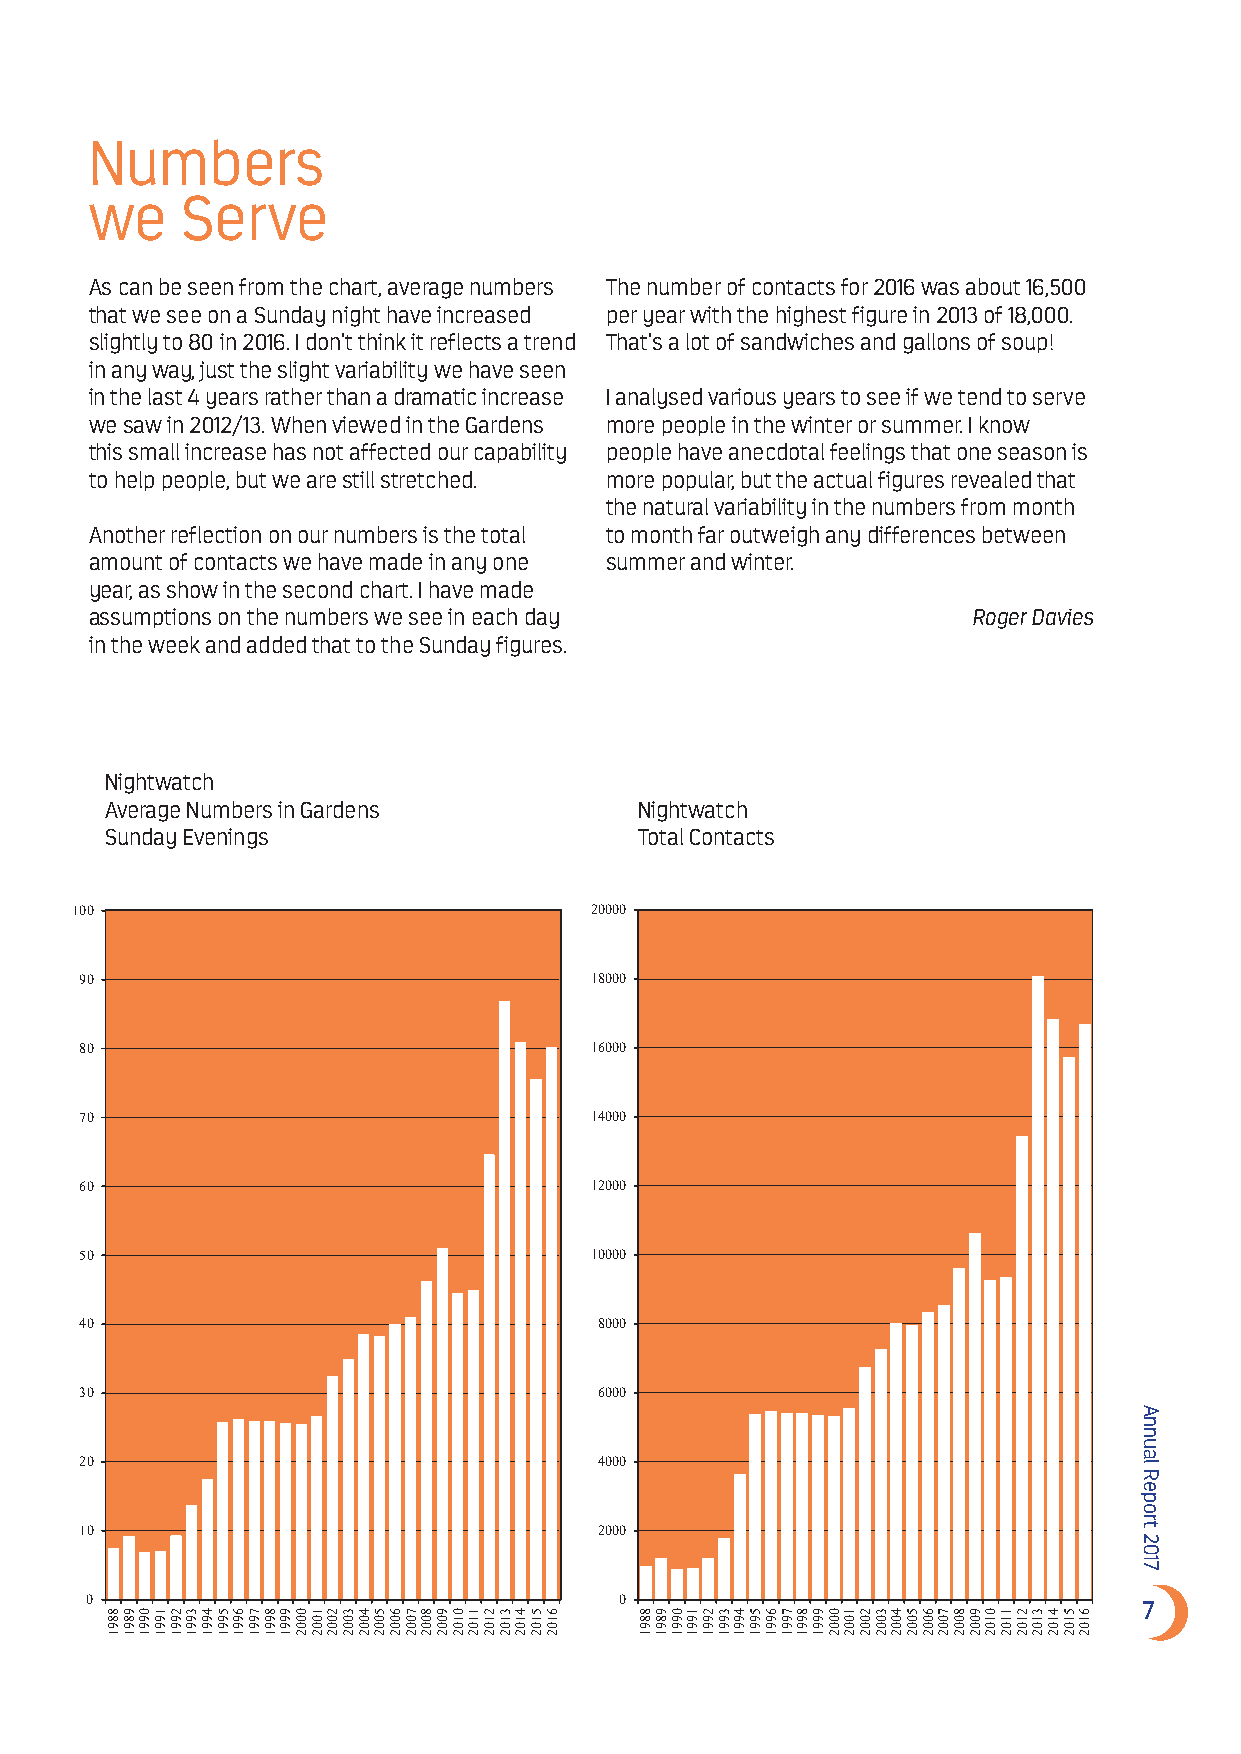
Numbers
 we    Serve
 As can be seen from the chart, average numbers The number of contacts for 2016 was about 16,500
 that we see on a Sunday night have increased per year with the highest figure in 2013 of 18,000.
 slightly to 80 in 2016. I don’t think it reflects a trend That’s a lot of sandwiches and gallons of soup!
 in any way, just the slight variability we have seen
 in the last 4 years rather than a dramatic increase I analysed various years to see if we tend to serve
 we saw in 2012/13. When viewed in the Gardens more people in the winter or summer. I know
 this small increase has not affected our capability people have anecdotal feelings that one season is
 to help people, but we are still stretched. more popular, but the actual figures revealed that
 the natural variability in the numbers from month
 Another reflection on our numbers is the total to month far outweigh any differences between
 amount of contacts we have made in any one summer and winter.
 year, as show in the second chart. I have made
 assumptions on the numbers we see in each day             Roger Davies
 in the week and added that to the Sunday figures.
 Nightwatch
 Average Numbers in Gardens         Nightwatch
 Sunday Evenings                    Total Contacts
 100                               20000
 90                                18000
 80                                16000
 70                                14000
 60                                12000
 50                                10000
 40                                 8000
 30                                 6000
 20                                 4000
 10                                 2000
 0                                  0                                  7
 8891 9891 0991 1991 2991 3991 4991 5991 6991 7991 8991 9991 0002 1002 2002 3002 4002 5002 6002 7002 8002 9002 0102 1102 2102 3102 4102 5102 6102 8891 9891 0991 1991 2991 3991 4991 5991 6991 7991 8991 9991 0002 1002 2002 3002 4002 5002 6002 7002 8002 9002 0102 1102 2102 3102 4102 5102 6102
 Annual
 Report
 2017